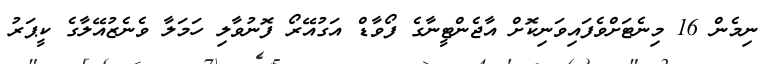
ނިމެން 16 މިނެޓަށްވެފައިވަނިކޮށް އާޖެންޓީނާގެ ފޯވާޑް އަގުއޭރޯ ފޮނުވާލި ހަމަލާ ވެނެޒުއޭލާގެ ކީޕަރު